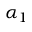
\alpha _ { 1 }